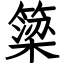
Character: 簗